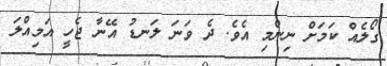
ގޯލެއް ކަމަށް ނިންމި އެވެ. ދެ ވަނަ ލަނޑު އޭނާ ޖެހީ އަމިއްލަ